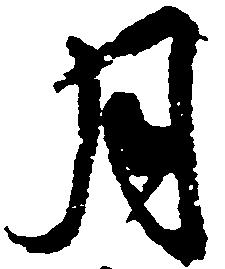
月